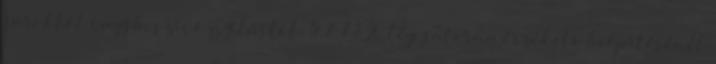
saroktól vagy beszívó nyílástól. 5.2.7.1. A légcsatorna érzékelõ beépítésénél